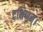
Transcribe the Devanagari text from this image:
दक्षिणम्।